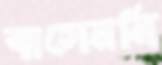
বাসেননি